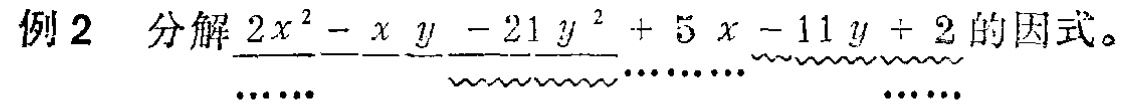
例2 分解\(2x^{2}-xy - 21y^{2}+5x - 11y + 2\)的因式。